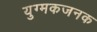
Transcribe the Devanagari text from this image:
युग्मकजनक